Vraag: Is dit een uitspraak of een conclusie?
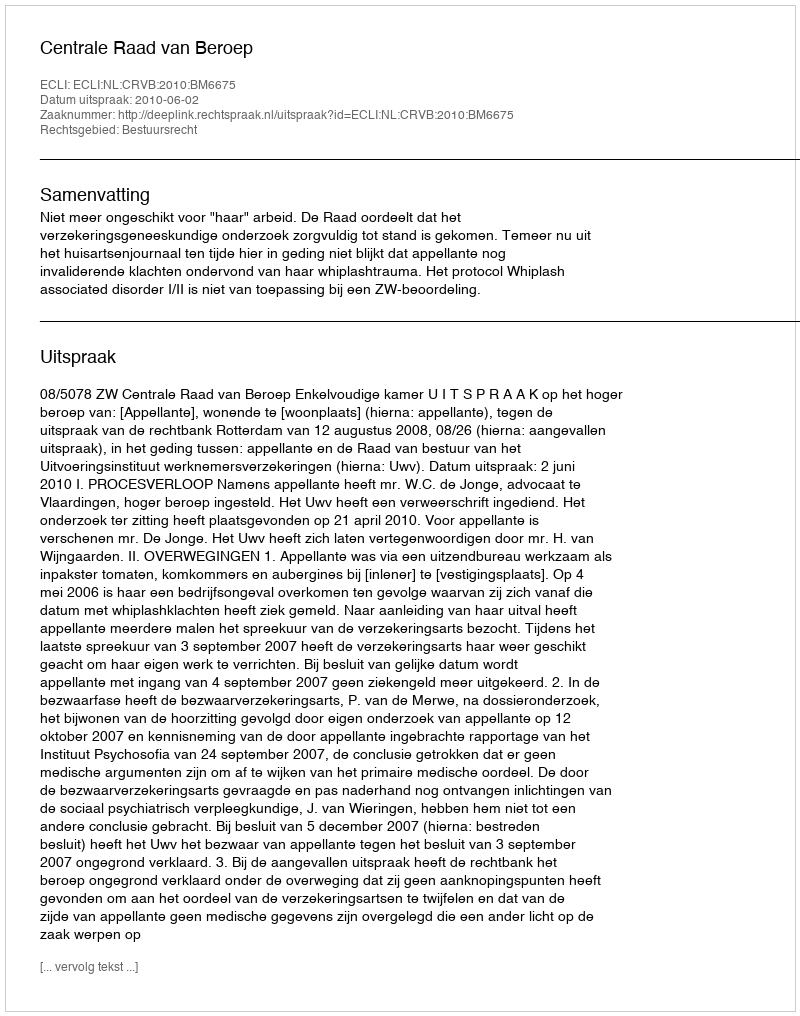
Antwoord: Uitspraak